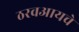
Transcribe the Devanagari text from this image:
ठरवआयचे